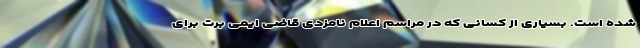
شده است. بسیاری از کسانی که در مراسم اعلام نامزدی قاضی ایمی برت برای